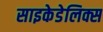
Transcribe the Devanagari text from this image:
साइकेडेलिक्स